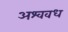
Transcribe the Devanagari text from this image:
अश्ववध